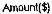
AMOUNT($)